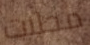
محلات